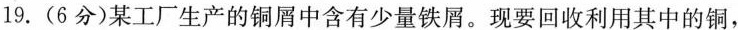
19.(6分)某工厂生产的铜屑中含有少量铁屑。现要回收利用其中的铜，